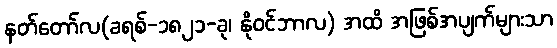
နတ်တော်လ(ခရစ်-၁၈၂၁-ခု၊ နိုဝင်ဘာလ) အထိ အဖြစ်အပျက်များသာ